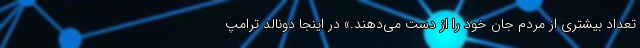
تعداد بیشتری از مردم جان خود را از دست می‌دهند.» در اینجا دونالد ترامپ